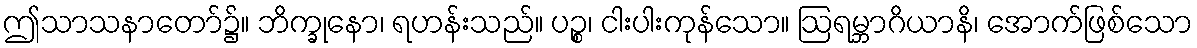
ဤသာသနာတော်၌။ ဘိက္ခုနော၊ ရဟန်းသည်။ ပဉ္စ၊ ငါးပါးကုန်သော။ ဩရမ္ဘာဂိယာနိ၊ အောက်ဖြစ်သော